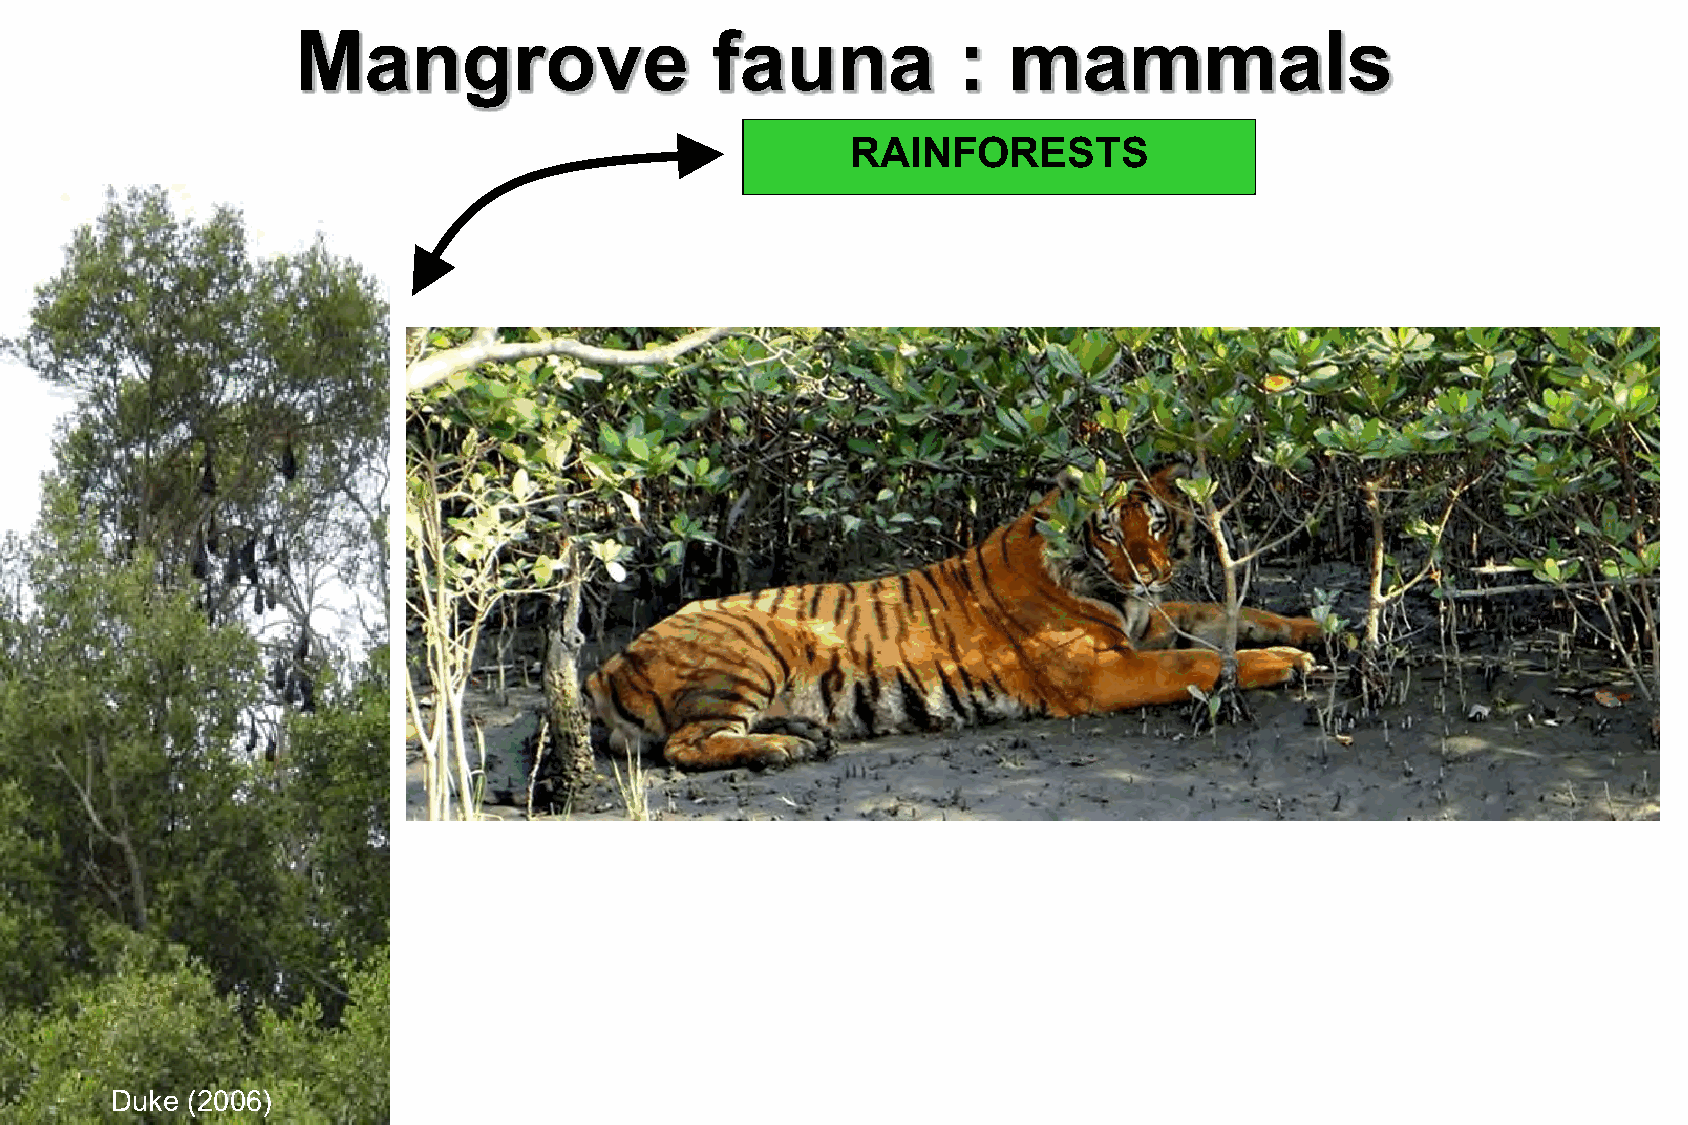
Mangrove                   fauna           :   mammals
 RAINFORESTS
 Duke (2006)